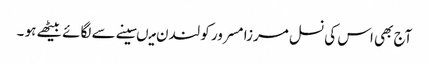
آج بھی اس کی نسل مرزا مسرور کو لندن میںسینے سے لگائے بیٹھے ہو ۔